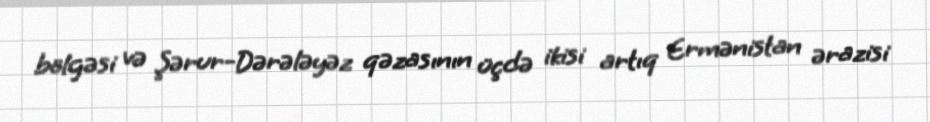
bölgəsi və Şərur-Dərələyəz qəzasının üçdə ikisi artıq Ermənistan ərazisi